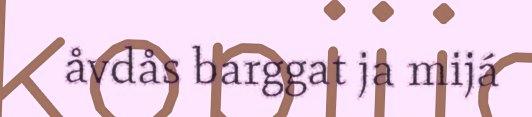
åvdås barggat ja mijá